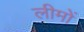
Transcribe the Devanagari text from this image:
लीमों